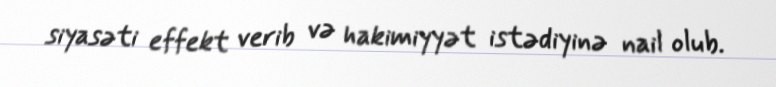
siyasəti effekt verib və hakimiyyət istədiyinə nail olub.